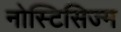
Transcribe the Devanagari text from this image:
नोस्टिसिज्म